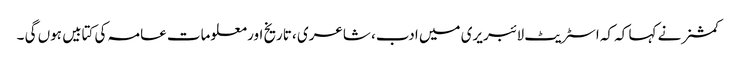
کمشنر نے کہا کہ کہ اسٹریٹ لائبریری میں ادب، شاعری ، تاریخ اور معلومات عامہ کی کتابیں ہوں گی ۔